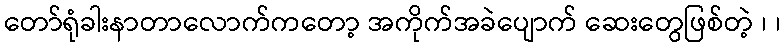
တော်ရုံခါးနာတာလောက်ကတော့ အကိုက်အခဲပျောက် ဆေးတွေဖြစ်တဲ့ ၊ ၊